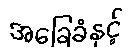
အခြေခံနှင့်